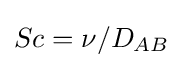
Sc=\nu /D_{AB}